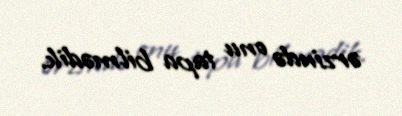
ərzində onu tapa bilmədik.